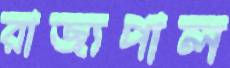
রাজ্যপাল